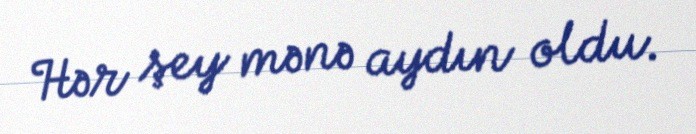
Hər şey mənə aydın oldu.